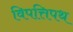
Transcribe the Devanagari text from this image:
विपत्तिपथ